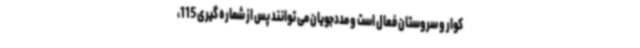
کوار و سروستان فعال است و مددجویان می توانند پس از شماره گیری 115،